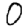
Digit: 0